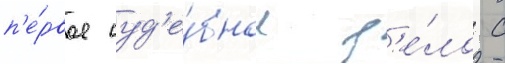
п'е́рвое суд'е́бное д'е́ло с